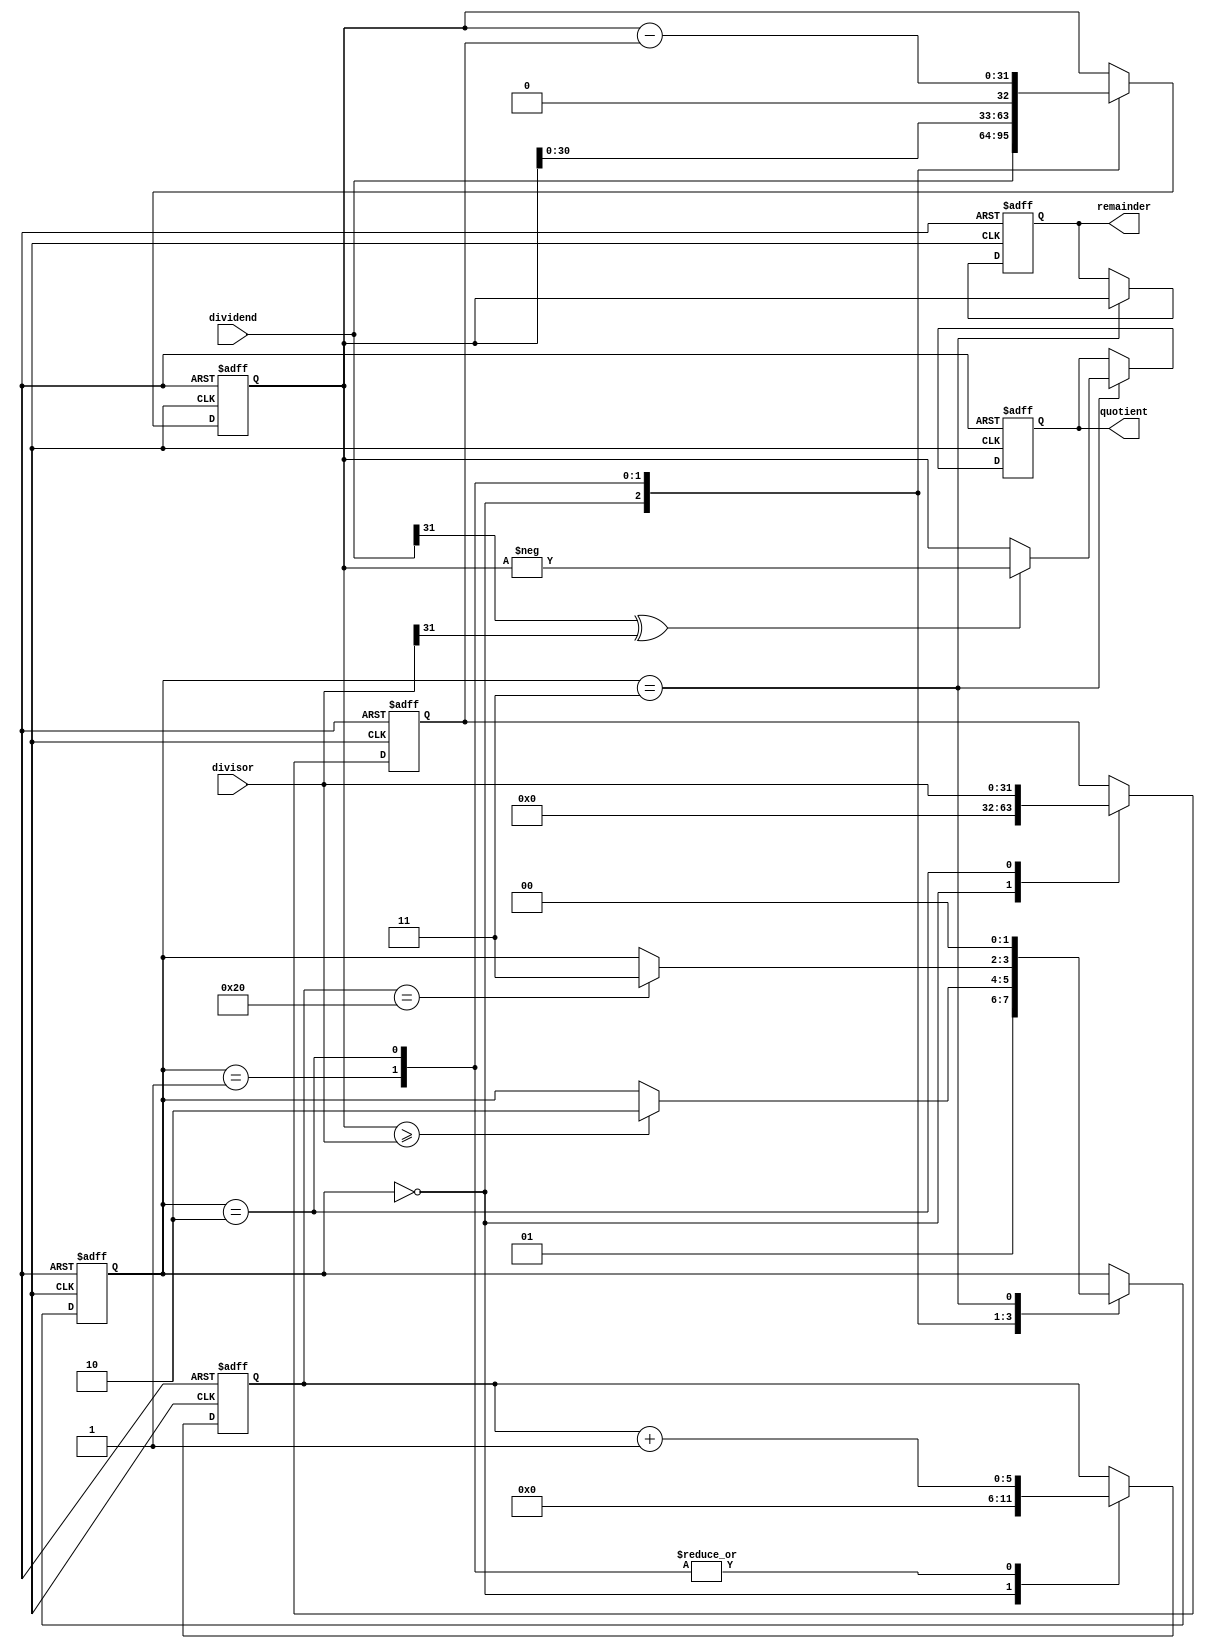
module shift_subtract_divider (
    input wire signed [31:0] dividend,
    input wire signed [31:0] divisor,
    output reg signed [31:0] quotient,
    output reg signed [31:0] remainder
);

reg signed [31:0] shift_reg;
reg signed [31:0] subtractor;
reg [5:0] iteration_count;
reg shift_enable;
reg subtraction_enable;
reg [1:0] current_state;
wire quot_sign_bit;

assign quot_sign_bit = dividend[31] ^ divisor[31];
always @ (posedge clk or posedge reset) begin
    if (reset) begin
        shift_reg <= 32'b0;
        subtractor <= 32'b0;
        iteration_count <= 6'd0;
        shift_enable <= 1'b0;
        subtraction_enable <= 1'b0;
        current_state <= 2'b00;
        quotient <= 32'b0;
        remainder <= 32'b0;
    end else begin
        case (current_state)
            2'b00: begin // Initialize
                shift_reg <= {dividend[31], dividend};
                subtractor <= 32'b0;
                iteration_count <= 6'd0;
                shift_enable <= 1'b1;
                subtraction_enable <= 1'b0;
                current_state <= 2'b01;
            end
            2'b01: begin // Shift
                shift_reg <= shift_reg << 1;
                iteration_count <= iteration_count + 1;
                if (shift_reg[31:0] >= divisor) begin
                    current_state <= 2'b10;
                end
            end
            2'b10: begin // Subtract
                subtractor <= divisor;
                shift_reg <= shift_reg - subtractor;
                iteration_count <= iteration_count + 1;
                if (iteration_count == 6'd32) begin
                    current_state <= 2'b11;
                end
            end
            2'b11: begin // Done
                quotient <= quot_sign_bit ? -shift_reg : shift_reg;
                remainder <= shift_reg;
                current_state <= 2'b00;
            end
        endcase
    end
end

endmodule